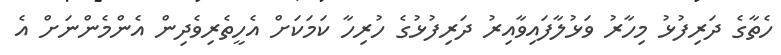
ހެތާގެ ދަރިފުޅު މިހާރު ވަޅުލާފައިވާއިރު ދަރިފުޅުގެ ހުރިހާ ކަމަކަށް އެހީތެރިވެދިން އެންމެންނަށް އެ